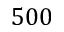
5 0 0